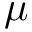
{ \boldsymbol \mu }